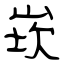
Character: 崁